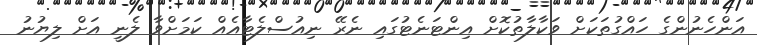
އަންހެނުންގެ ހައްގުތަކަށް ވަކާލާތުކޮށް އިންޓަނެޓުގައި ނެރޭ ނިއުސްލެޓާއެއް ކަމަށްވާ ލެނީ އަށް ލިޔުނު